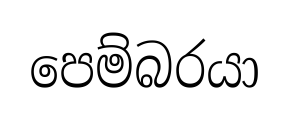
පෙම්බරයා